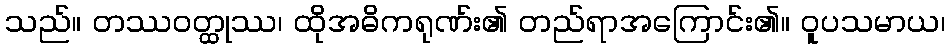
သည်။ တဿဝတ္ထုဿ၊ ထိုအဓိကရုဏ်း၏ တည်ရာအကြောင်း၏။ ဝူပသမာယ၊